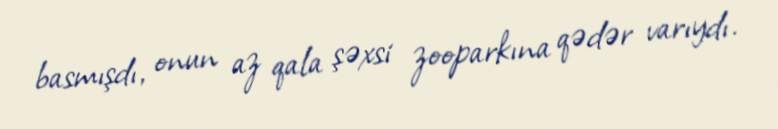
basmışdı, onun az qala şəxsi zooparkına qədər varıydı.